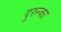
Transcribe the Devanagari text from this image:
दुरुन्का